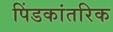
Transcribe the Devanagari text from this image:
पिंडकांतरिक